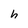
Character: h